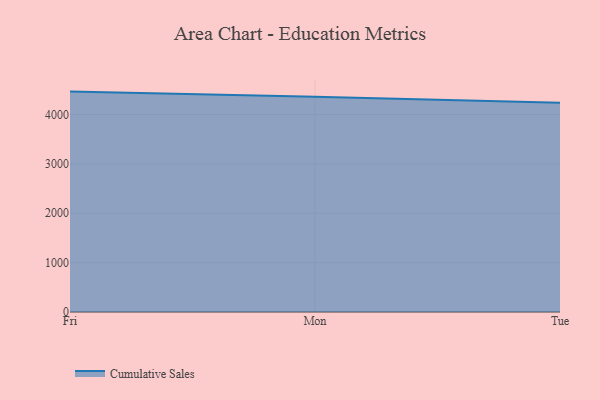
{"axis": {"x": "Day", "y": "Churn Rate (%)"}, "legend": ["Cumulative Sales"], "data": [{"x": "Fri", "y": 4463.9, "type": "Cumulative Sales"}, {"x": "Mon", "y": 4360.4, "type": "Cumulative Sales"}, {"x": "Tue", "y": 4237.4, "type": "Cumulative Sales"}]}